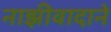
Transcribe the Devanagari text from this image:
नाझीवादाने